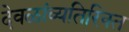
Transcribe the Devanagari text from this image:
देवळांव्यतिरिक्‍त